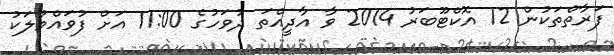
ފަރާތްތަކުން 12 އޮކްޓޫބަރު 2014 ވާ އާދީއްތަ ދުވަހުގެ 11:00 އަށް ފުވައްމުލަކު